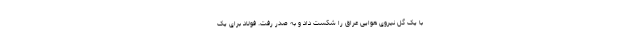
با یک گل نیروی هوایی عراق را شکست داد و به صدر رفت. فولاد برای یک